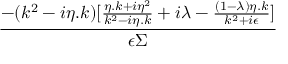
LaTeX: \frac { - ( k ^ { 2 } - i \eta . k ) [ \frac { \eta . k + i \eta ^ { 2 } } { k ^ { 2 } - i \eta . k } + i \lambda - \frac { ( 1 - \lambda ) \eta . k } { k ^ { 2 } + i \epsilon } ] } { \epsilon \Sigma }